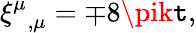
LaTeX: {\xi^{\mu}}_{,\mu}=\mp8\pik\mathtt{t},